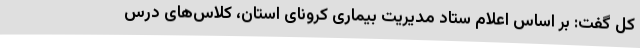
کل گفت: بر اساس اعلام ستاد مدیریت بیماری کرونای استان، کلاس‌های درس